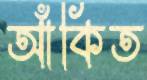
আঁকিত